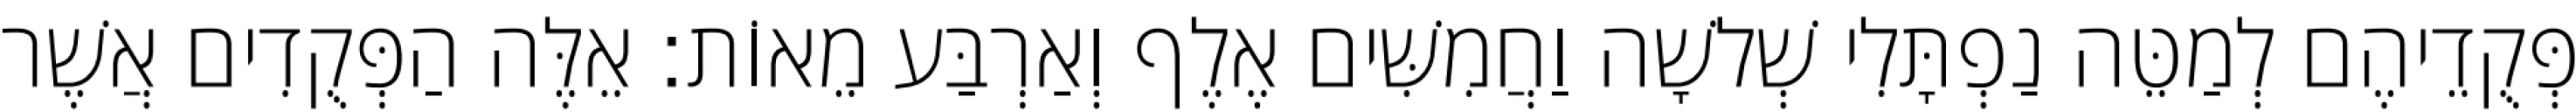
פְּקֻדֵיהֶם לְמַטֵּה נַפְתָּלִי שְׁלשָׁה וַחֲמִשִּׁים אֶלֶף וְאַרְבַּע מֵאוֹת׃ אֵלֶּה הַפְּקֻדִים אֲשֶׁר